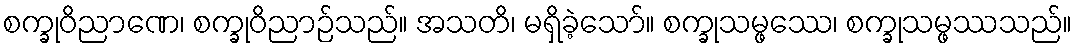
စက္ခုဝိညာဏေ၊ စက္ခုဝိညာဉ်သည်။ အသတိ၊ မရှိခဲ့သော်။ စက္ခုသမ္ဖဿေ၊ စက္ခုသမ္ဖဿသည်။